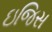
ઇજિસ